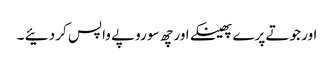
اور جوتے پرے پھینکے اور چھ سو روپے واپس کر دئیے ۔